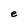
Character: e